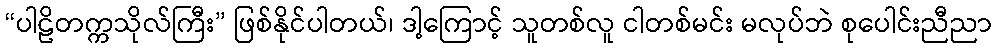
“ပါဠိတက္ကသိုလ်ကြီး” ဖြစ်နိုင်ပါတယ်၊ ဒါ့ကြောင့် သူတစ်လူ ငါတစ်မင်း မလုပ်ဘဲ စုပေါင်းညီညာ